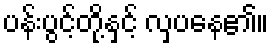
ပန်းပွင့်တို့နှင့် လှပနေ၏။